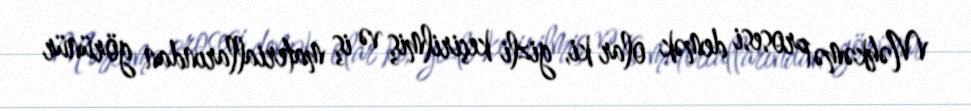
Məhkəmə prosesi demək olar ki, gizli keçirilmiş və iş materiallarından görünür